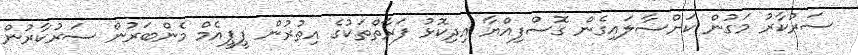
ސަރުކާރު މަގުން ކަށްސާލައިގެން ގޮސްފިއްޔާ އިދިކޮޅު ފަރާތްތަކުގެ އިތުރުން ޕީޕީއެމް މެންބަރުން ސަރުކާރުން